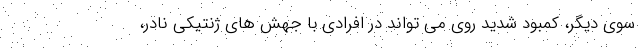
سوی دیگر، کمبود شدید روی می تواند در افرادی با جهش های ژنتیکی نادر،